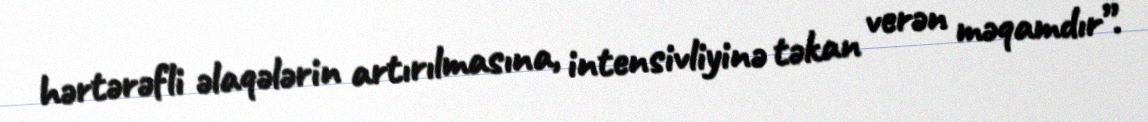
hərtərəfli əlaqələrin artırılmasına, intensivliyinə təkan verən məqamdır”.